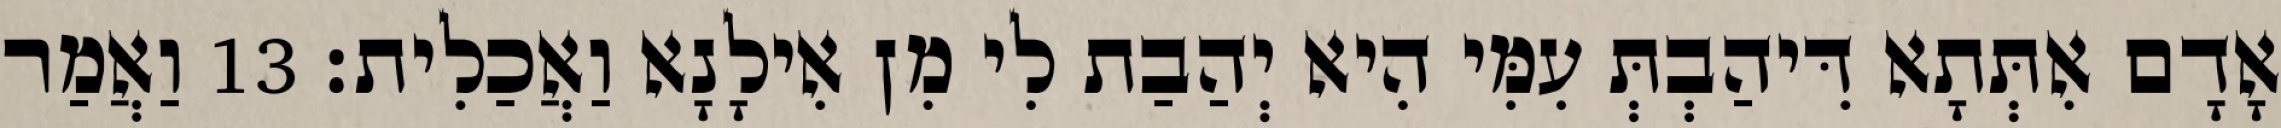
אָדָם אִתְּתָא דִּיהַבְתְּ עִמִּי הִיא יְהַבַת לִי מִן אִילָנָא וַאֲכַלִית׃ 13 וַאֲמַר